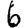
Digit: 6